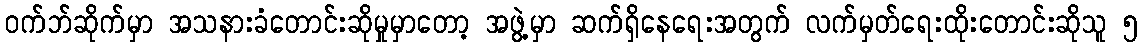
ဝက်ဘ်ဆိုက်မှာ အသနားခံတောင်းဆိုမှုမှာတော့ အဖွဲ့မှာ ဆက်ရှိနေရေးအတွက် လက်မှတ်ရေးထိုးတောင်းဆိုသူ ၅